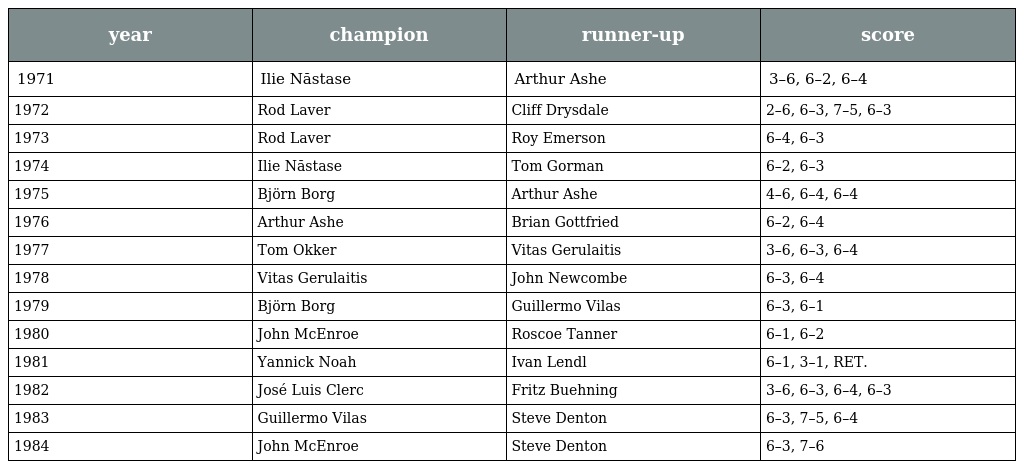
| year | champion | runner-up | score |
 | --- | --- | --- | --- |
 | 1971 | Ilie Năstase | Arthur Ashe | 3–6, 6–2, 6–4 |
 | 1972 | Rod Laver | Cliff Drysdale | 2–6, 6–3, 7–5, 6–3 |
 | 1973 | Rod Laver | Roy Emerson | 6–4, 6–3 |
 | 1974 | Ilie Năstase | Tom Gorman | 6–2, 6–3 |
 | 1975 | Björn Borg | Arthur Ashe | 4–6, 6–4, 6–4 |
 | 1976 | Arthur Ashe | Brian Gottfried | 6–2, 6–4 |
 | 1977 | Tom Okker | Vitas Gerulaitis | 3–6, 6–3, 6–4 |
 | 1978 | Vitas Gerulaitis | John Newcombe | 6–3, 6–4 |
 | 1979 | Björn Borg | Guillermo Vilas | 6–3, 6–1 |
 | 1980 | John McEnroe | Roscoe Tanner | 6–1, 6–2 |
 | 1981 | Yannick Noah | Ivan Lendl | 6–1, 3–1, RET. |
 | 1982 | José Luis Clerc | Fritz Buehning | 3–6, 6–3, 6–4, 6–3 |
 | 1983 | Guillermo Vilas | Steve Denton | 6–3, 7–5, 6–4 |
 | 1984 | John McEnroe | Steve Denton | 6–3, 7–6 |